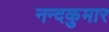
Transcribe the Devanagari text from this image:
नन्दकुमार